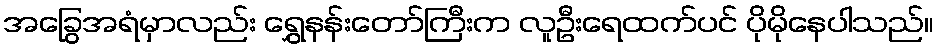
အခြွေအရံမှာလည်း ရွှေနန်းတော်ကြီးက လူဦးရေထက်ပင် ပိုမိုနေပါသည်။